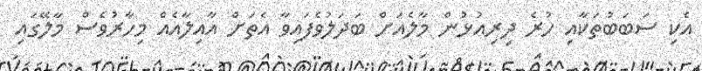
އެކި ސަބަބުތަކާއި ހުރެ ދިރިއުޅުން މާލެއަށް ބަދަލުވެފައިވާ އެތަށް އާއިލާއެެއް މިހާރުވެސް މާލޭގައި